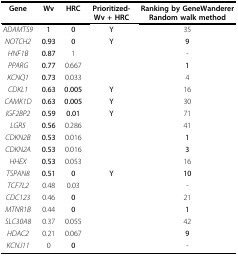
<table><thead><tr><td><b>Gene</b></td><td><b>Wv</b></td><td><b>HRC</b></td><td><b>Prioritized- Wv + HRC</b></td><td><b>Ranking by GeneWanderer Random walk method</b></td></tr></thead><tbody><tr><td><i>ADAMTS9</i></td><td><b>1</b></td><td><b>0</b></td><td><b>Y</b></td><td>35</td></tr><tr><td><i>NOTCH2</i></td><td><b>0.93</b></td><td><b>0</b></td><td><b>Y</b></td><td><b>9</b></td></tr><tr><td><i>HNF1B</i></td><td><b>0.87</b></td><td>1</td><td></td><td>-</td></tr><tr><td><i>PPARG</i></td><td><b>0.77</b></td><td>0.667</td><td></td><td><b>1</b></td></tr><tr><td><i>KCNQ1</i></td><td><b>0.73</b></td><td>0.033</td><td></td><td>4</td></tr><tr><td><i>CDKL1</i></td><td><b>0.63</b></td><td><b>0.005</b></td><td><b>Y</b></td><td>16</td></tr><tr><td><i>CAMK1D</i></td><td><b>0.63</b></td><td><b>0.005</b></td><td><b>Y</b></td><td>30</td></tr><tr><td><i>IGF2BP2</i></td><td><b>0.59</b></td><td><b>0.01</b></td><td><b>Y</b></td><td>71</td></tr><tr><td><i>LGR5</i></td><td><b>0.56</b></td><td>0.286</td><td></td><td>41</td></tr><tr><td><i>CDKN2B</i></td><td><b>0.53</b></td><td>0.016</td><td></td><td><b>1</b></td></tr><tr><td><i>CDKN2A</i></td><td><b>0.53</b></td><td>0.016</td><td></td><td><b>3</b></td></tr><tr><td><i>HHEX</i></td><td><b>0.53</b></td><td>0.053</td><td></td><td>16</td></tr><tr><td><i>TSPAN8</i></td><td><b>0.51</b></td><td><b>0</b></td><td><b>Y</b></td><td><b>10</b></td></tr><tr><td><i>TCF7L2</i></td><td>0.48</td><td>0.03</td><td></td><td>-</td></tr><tr><td><i>CDC123</i></td><td>0.46</td><td><b>0</b></td><td></td><td>21</td></tr><tr><td><i>MTNR1B</i></td><td>0.44</td><td><b>0</b></td><td></td><td><b>1</b></td></tr><tr><td><i>SLC30A8</i></td><td>0.37</td><td>0.055</td><td></td><td>42</td></tr><tr><td><i>HDAC2</i></td><td>0.21</td><td>0.067</td><td></td><td><b>9</b></td></tr><tr><td><i>KCNJ11</i></td><td>0</td><td><b>0</b></td><td></td><td>-</td></tr></tbody></table>